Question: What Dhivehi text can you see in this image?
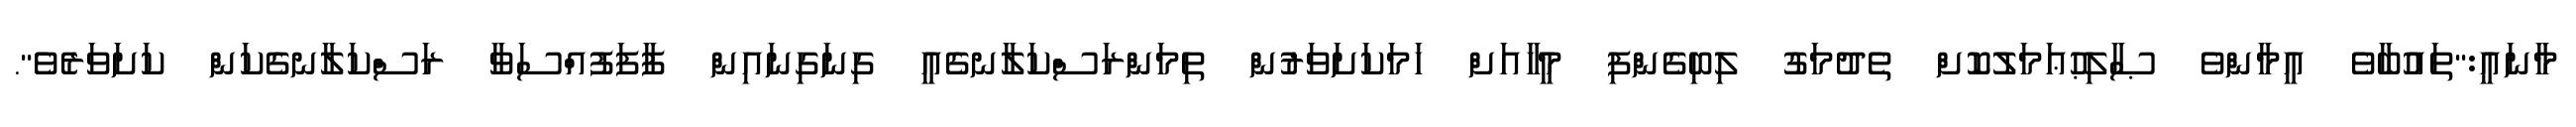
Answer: މާނައީ:"ތައުބާވެ އީމާންވެ ޞާލިޙުޢަމަލުކޮށް ތެދުމަގު ލިބިގެންފި މީހާއަށް ހަމަކަށަވަރުން ތިމަންރަސްކަލާނގެއީ ގިނަގިނައިން ފާފަފުއްސަވާ ރަސްކަލާނގެކަން ކަށަވަރެވެ".